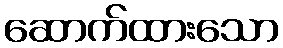
ဆောက်ထားသော